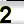
Digit: 2